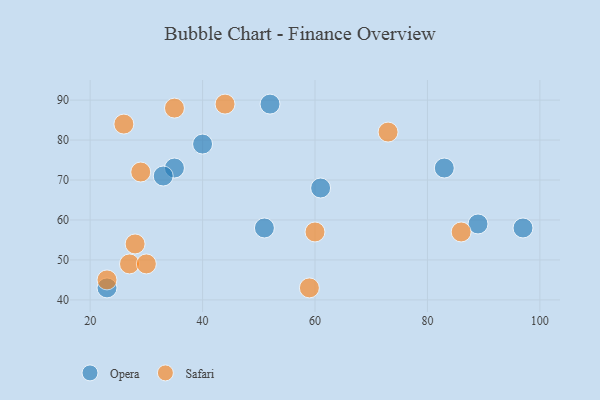
{"axis": {"x": "GDP", "y": "Life Expectancy"}, "legend": ["Opera", "Safari"], "data": [{"x": "83", "y": 73, "type": "Opera"}, {"x": "97", "y": 58, "type": "Opera"}, {"x": "89", "y": 59, "type": "Opera"}, {"x": "61", "y": 68, "type": "Opera"}, {"x": "35", "y": 73, "type": "Opera"}, {"x": "51", "y": 58, "type": "Opera"}, {"x": "52", "y": 89, "type": "Opera"}, {"x": "23", "y": 43, "type": "Opera"}, {"x": "33", "y": 71, "type": "Opera"}, {"x": "40", "y": 79, "type": "Opera"}, {"x": "60", "y": 57, "type": "Safari"}, {"x": "35", "y": 88, "type": "Safari"}, {"x": "26", "y": 84, "type": "Safari"}, {"x": "27", "y": 49, "type": "Safari"}, {"x": "23", "y": 45, "type": "Safari"}, {"x": "30", "y": 49, "type": "Safari"}, {"x": "29", "y": 72, "type": "Safari"}, {"x": "73", "y": 82, "type": "Safari"}, {"x": "44", "y": 89, "type": "Safari"}, {"x": "28", "y": 54, "type": "Safari"}, {"x": "59", "y": 43, "type": "Safari"}, {"x": "86", "y": 57, "type": "Safari"}]}